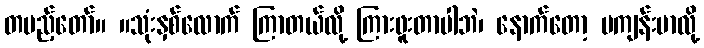
တပည့်တော်။ ။သုံးနှစ်လောက် ကြာတယ်လို့ ကြားဖူးတာပါဘဲ၊ နောက်တော့ မကျန်းမာလို့